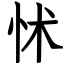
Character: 怵